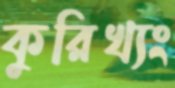
কুরিখ্যং